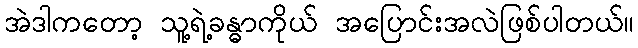
အဲဒါကတော့ သူ့ရဲ့ခန္ဓာကိုယ် အပြောင်းအလဲဖြစ်ပါတယ်။